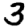
Digit: 3